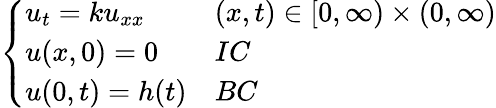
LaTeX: \left\{ \begin{array}{ll}{u_{t}=ku_{xx}}&{(x,t)\in[0,\infty)\times(0,\infty)}\\ {u(x,0)=0}&{IC}\\ {u(0,t)=h(t)}&{BC}\end{array}\right.